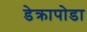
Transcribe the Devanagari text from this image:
डेक्रापोडा